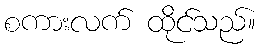
စကားလက် ထိုင်သည်။